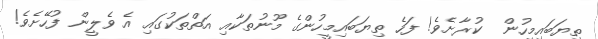
ތިޔަބައިމީހުން  ކުރާށެވެ! ފަހެ ތިޔަބައިމީހުންގެ މޫނުތަކާއި އަތްތަކުގައި އެ ވެލީން ފުހޭށެވެ!